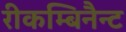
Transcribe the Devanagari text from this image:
रीकम्बिनैन्ट